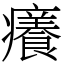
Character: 癢